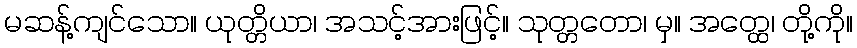
မဆန့်ကျင်သော။ ယုတ္တိယာ၊ အသင့်အားဖြင့်။ သုတ္တတော၊ မှ။ အတ္ထေ၊ တို့ကို။